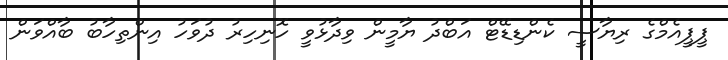
ޕީޕީއެމްގެ ރިޔާސީ ކެންޑިޑޭޓް އަބްދު ޔާމީން ވިދާޅުވީ ހޮނިހިރު ދުވަހު އިންތިހާބު ބާއްވަން